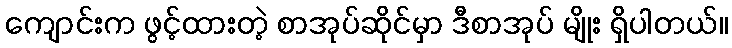
ကျောင်းက ဖွင့်ထားတဲ့ စာအုပ်ဆိုင်မှာ ဒီစာအုပ် မျိုး ရှိပါတယ်။